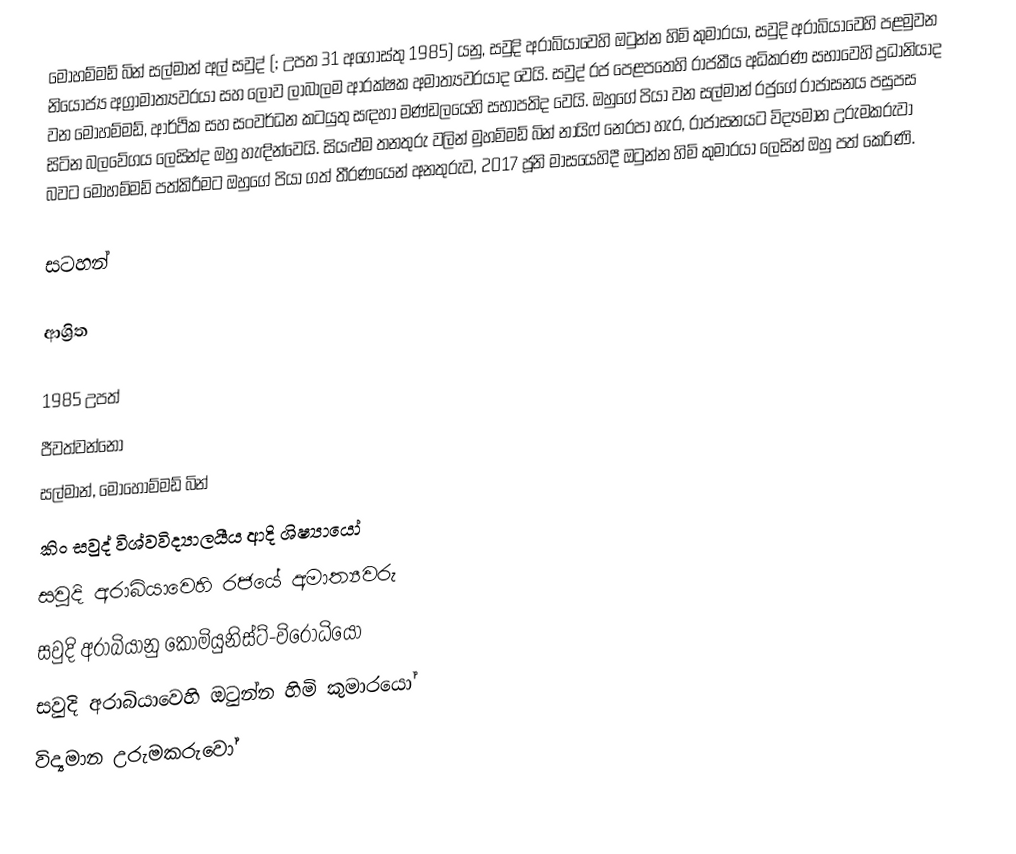
මොහම්මඩ් බින් සල්මාන් අල් සවුද් (; උපත 31 අගෝස්තු 1985) යනු,  සවුදි අරාබියාවෙහි ඔටුන්න හිමි කුමාරයා, සවුදි අරාබියාවෙහි පළමුවන නියෝජ්‍ය අග්‍රාමාත්‍යවරයා  සහ ලොව ලාබාලම ආරක්ෂක අමාත්‍යවරයාද වෙයි.  සවුද් රජ පෙළපතෙහි රාජකීය අධිකරණ සභාවෙහි ප්‍රධානියාද වන මොහම්මඩ්, ආර්ථික සහ සංවර්ධන කටයුතු සඳහා මණ්ඩලයෙහි සභාපතිද වෙයි. ඔහුගේ පියා වන සල්මාන් රජුගේ රාජාසනය පසුපස සිටින බලවේගය ලෙසින්ද ඔහු හැඳින්වෙයි.  සියළුම තනතුරු වලින්  මුහම්මඩ් බින් නායිෆ් නෙරපා හැර, රාජාසනයට විද්‍යමාන උරුමකරුවා බවට මොහම්මඩ් පත්කිරීමට ඔහුගේ පියා ගත් තීරණයෙන් අනතුරුව, 2017 ජූනි මාසයෙහිදී  ඔටුන්න හිමි කුමාරයා ලෙසින් ඔහු පත් කෙරිණි.

සටහන්

ආශ්‍රිත

1985 උපත්
ජීවත්වන්නෝ
සල්මාන්, මොහොම්මඩ් බින්
කිං සවුද් විශ්වවිද්‍යාලයීය ආදි ශිෂ්‍යායෝ
සවුදි අරාබියාවෙහි රජයේ අමාත්‍යවරු
සවුදි අරාබියානු කොමියුනිස්ට්-විරෝධියෝ
සවුදි අරාබියාවෙහි ඔටුන්න හිමි කුමාරයෝ
 විද්‍යමාන උරුමකරුවෝ